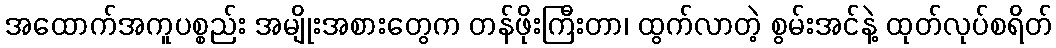
အထောက်အကူပစ္စည်း အမျိုးအစားတွေက တန်ဖိုးကြီးတာ၊ ထွက်လာတဲ့ စွမ်းအင်နဲ့ ထုတ်လုပ်စရိတ်